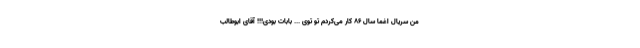
من سریال اغما سال 86 کار می‌کردم تو توی ... بابات بودی!!! آقای ابوطالب